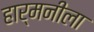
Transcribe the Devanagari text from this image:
हार्मनीला